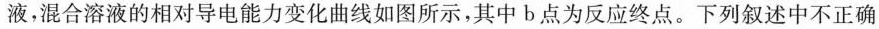
液，混合溶液的相对导电能力变化曲线如图所示，其中b点为反应终点。下列叙述中不正确